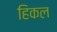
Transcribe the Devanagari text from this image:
हिकल